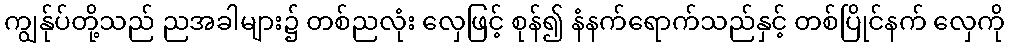
ကျွန်ုပ်တို့သည် ညအခါများ၌ တစ်ညလုံး လှေဖြင့် စုန်၍ နံနက်ရောက်သည်နှင့် တစ်ပြိုင်နက် လှေကို